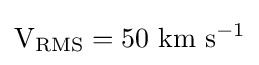
\mathrm {V_{RMS}} =50~\mathrm {km} ~\mathrm {s} ^{-1}